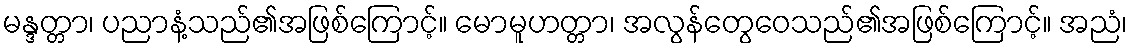
မန္ဒတ္တာ၊ ပညာနံ့သည်၏အဖြစ်ကြောင့်။ မောမူဟတ္တာ၊ အလွန်တွေဝေသည်၏အဖြစ်ကြောင့်။ အညံ၊